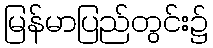
မြန်မာပြည်တွင်း၌